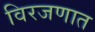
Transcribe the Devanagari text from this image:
विरजणात